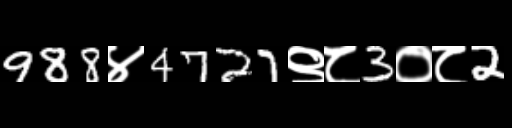
Text: 988४4727९८3०८2